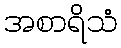
အစာရိသံ